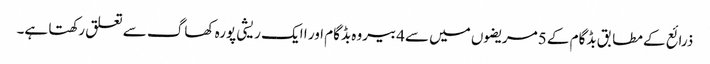
ذرائع کے مطابق بڈگام کے 5مریضوں میں سے4بیروہ بڈگام اور ا ایک ریشی پورہ کھاگ سے تعلق رکھتا ہے۔